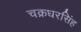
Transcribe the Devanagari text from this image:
चक्रधरसिंह